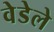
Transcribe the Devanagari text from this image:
वेडेले